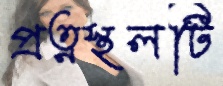
প্রত্নস্থলটি